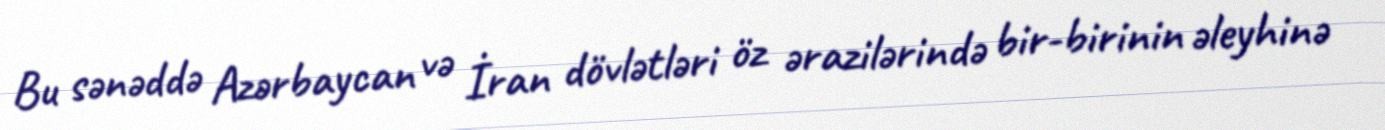
Bu sənəddə Azərbaycan və İran dövlətləri öz ərazilərində bir-birinin əleyhinə